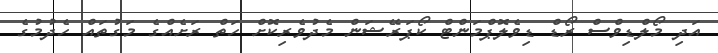
އަދި މޯލްޑިވްސް ރޯޑް ޑިވެލޮޕްމަންޓް ކޯޕަރޭޝަން މެދުވެރިކޮށް ހަތް ރަށެއްގެ މަގުތައް ހެދުމުގެ